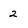
Character: 2